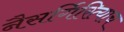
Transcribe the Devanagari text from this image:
नैसर्गिरित्याच